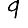
Digit: 9